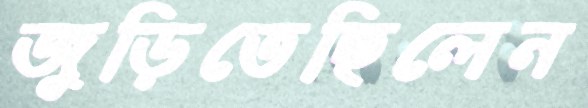
জুড়িতেছিলেন